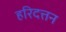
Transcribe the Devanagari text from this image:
हरिदत्तन